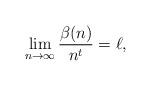
LaTeX: \begin{align*}\lim_{n\to\infty}\dfrac{\beta(n)}{n^{t}} = \ell,\end{align*}